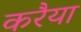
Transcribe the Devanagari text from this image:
करैया